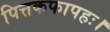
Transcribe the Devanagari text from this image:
पित्तकफापहः।